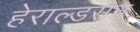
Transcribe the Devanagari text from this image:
हेराल्डसन